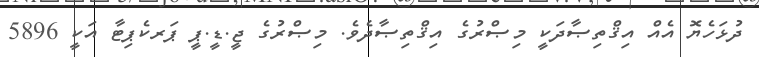
ދުޅަހެޔޮ އެއް އިޤްތިޞާދަކީ މިޞްރުގެ އިޤްތިޞާދެވެ. މިޞްރުގެ ޖީ.ޑީ.ޕީ ޕަރކެޕިޓާ އަކީ 5896